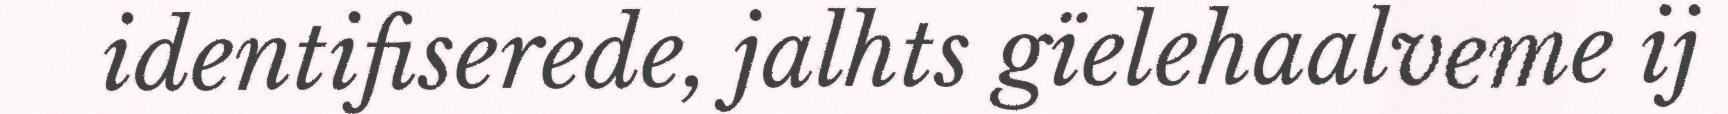
identifiserede, jalhts gïelehaalveme ij